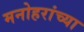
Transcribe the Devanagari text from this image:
मनोहरांच्या